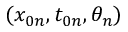
( x _ { 0 n } , t _ { 0 n } , \theta _ { n } )